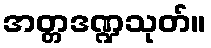
အတ္တဒဏ္ဍသုတ်။